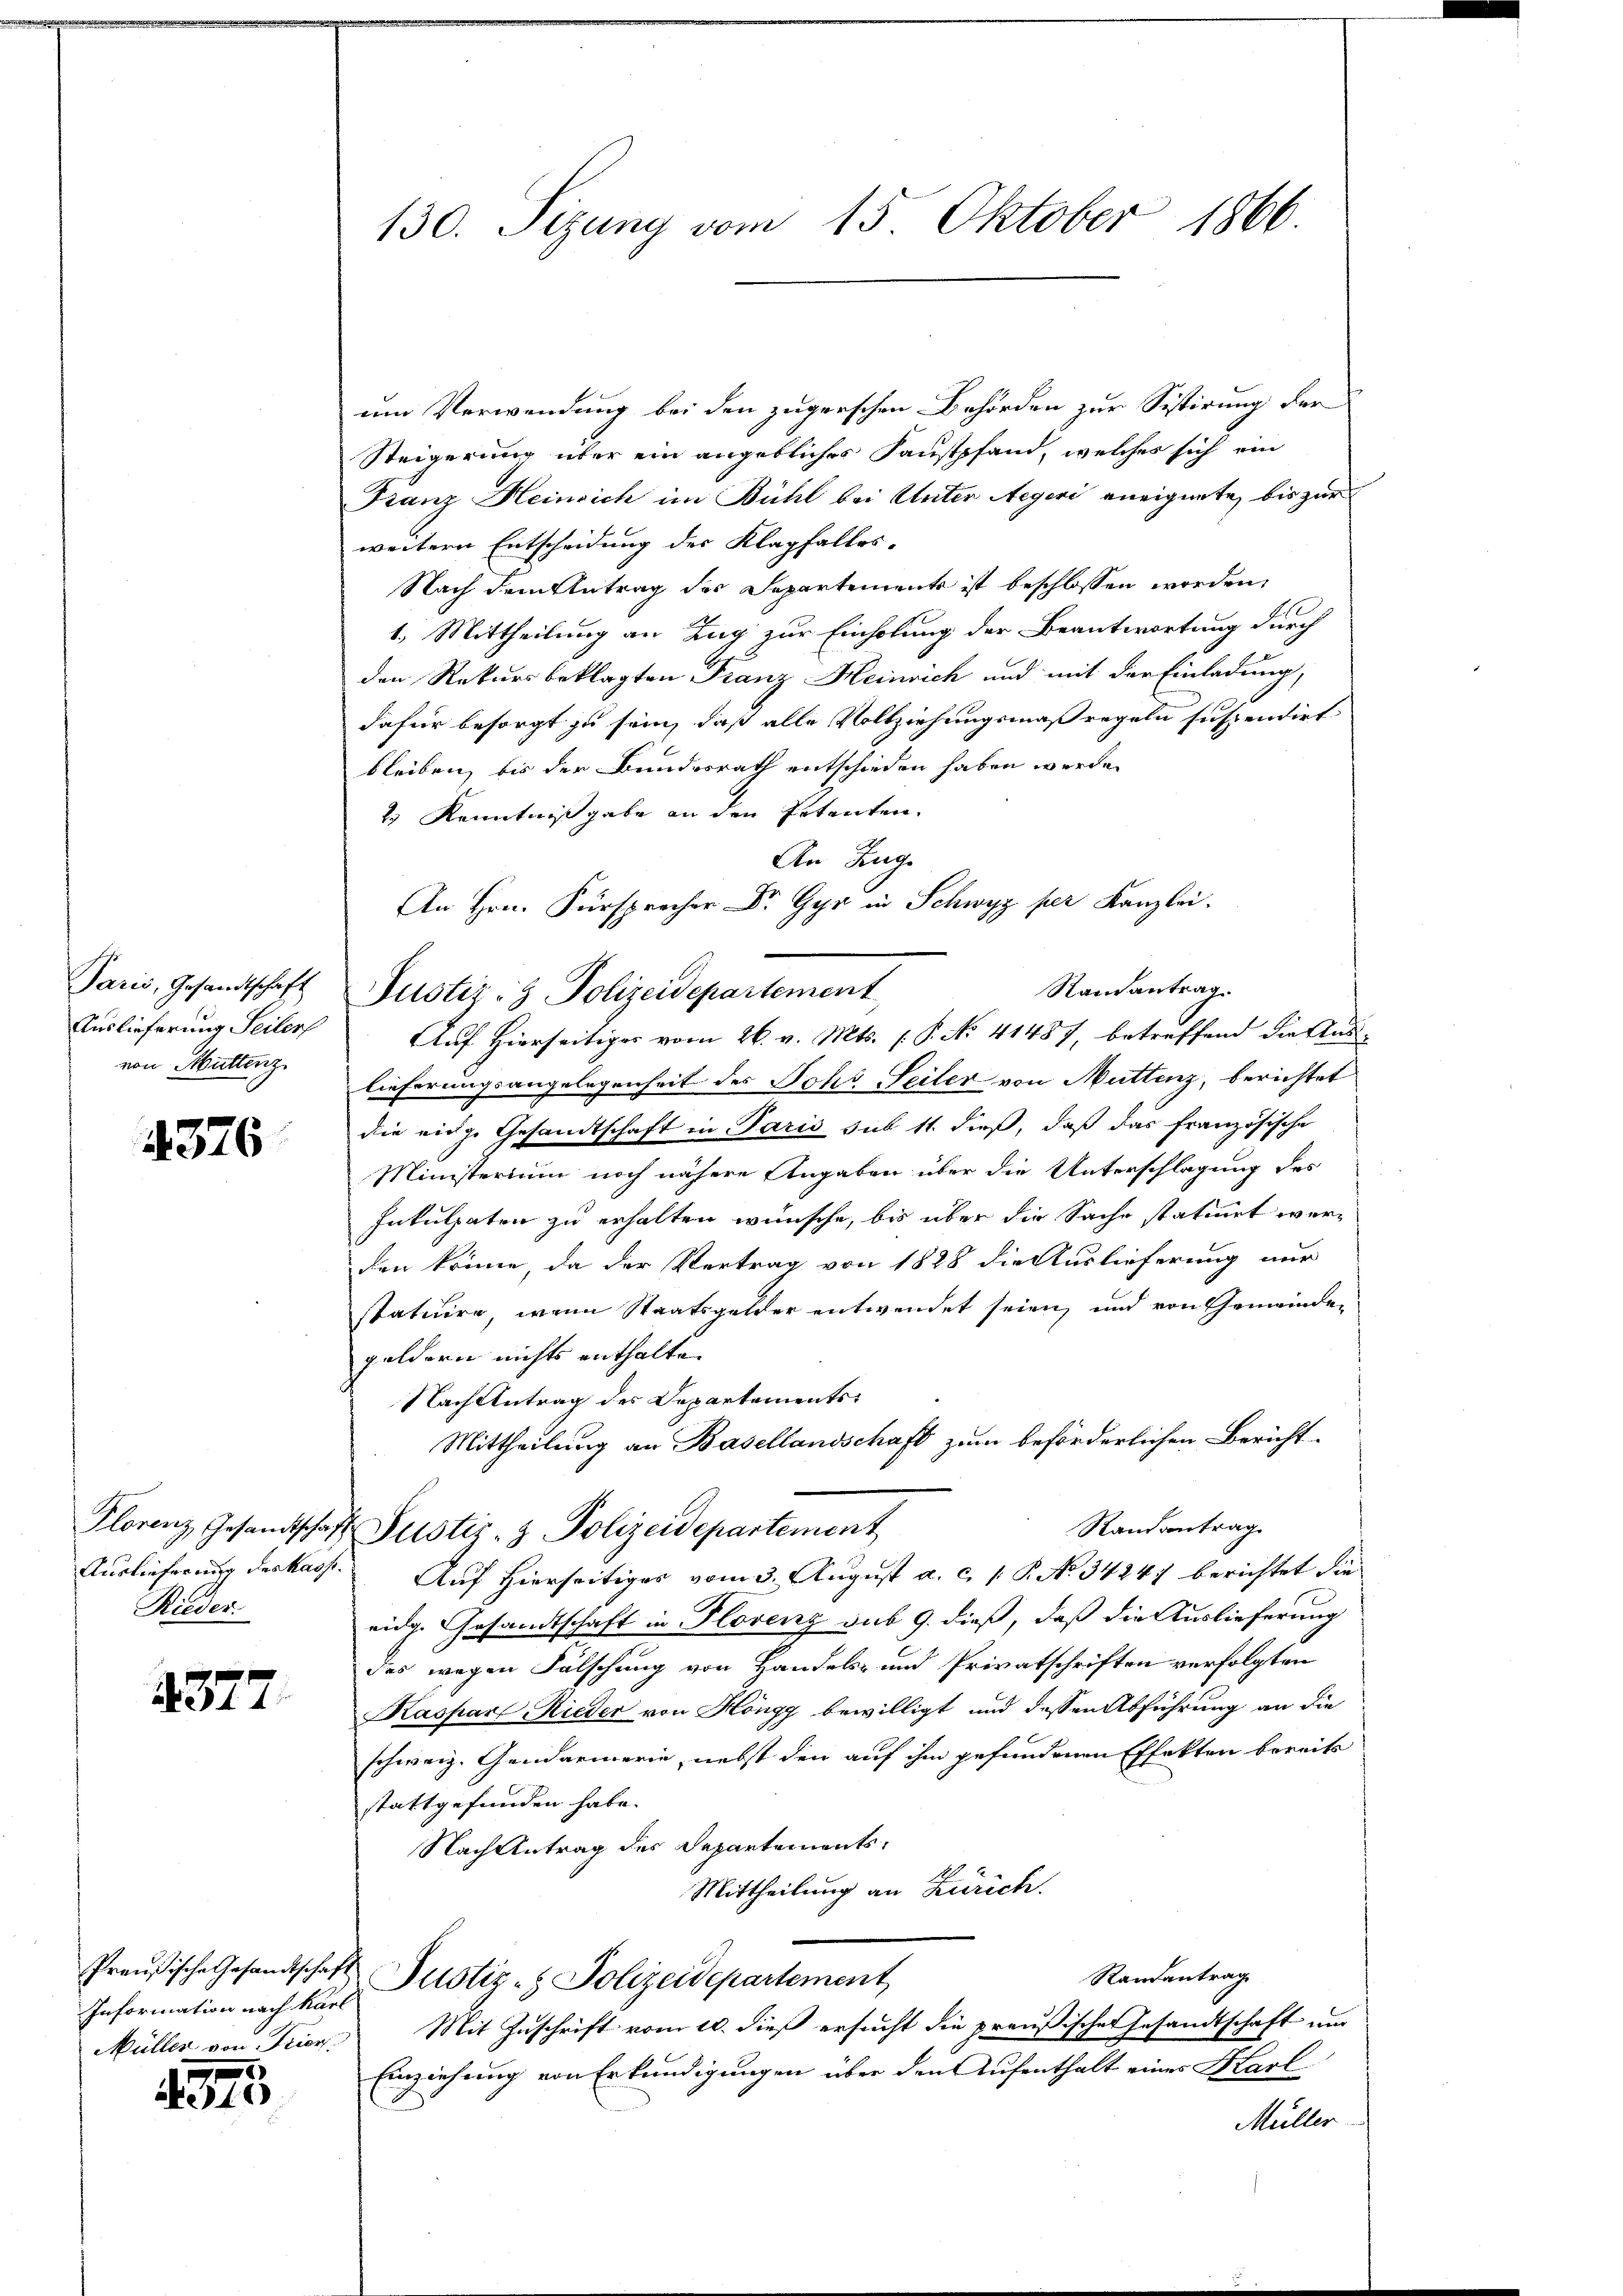
Paris, Gesandtschaft
Auslieferung Seilerf
von Muttenz

4376

Rieder.

377.

Information nach Karl
Müller von Trier.

433

130. Sizung vom 15. Oktober 1866.

um Verwendung bei den zugerschen Behörden zur Sistirung der
Steigerung über ein angebliches Faustpfand, welches sich ein
Franz Heinrich im Bühl bei Unter Aegeri aneignete, bis zur
weitern Entscheidung der Klagfalles.
Nach dem Antrag des Departements ist beschlossen worden,
1.) Mittheilung an Zug zur Einholung der Beantwortung durch
den Rekursbeklagten Franz Heinrich und mit der Einladung,
dafür besorgt zu sein, daß alle Vollziehungsmaßregeln suspendirt
bleiben, bis der Bundesrath entschieden haben werde.
2) Kenntniß gabe an den Petenten.
An Zug
Auf Hierseitiger vom 26. v. Mts. 1. P. No. 41487, betreffend die Aus-
lieferungsangelegenheit des Johr Seiter von Muttenz, berichtet
die einge Gesandtschaft in Paris sub 11 dieß, daß das französische
Ministerium noch nähere Angaben über die Unterschlagung des
Inkulpaten zu erhalten wünsche, bis über die Sache statuiert werden könne, da der Vertrag von 1828 die Auslieferung nur
statuire, wenn Staatsgelder entwendet seien, und von Gemeinde-
geldern nichts enthalten
Nach Antrag des Departements¬
Mittheilung an Basellandschaft zum beförderlichen Bericht-
Randantrag
Plorenz Gesandtschaft Justiz- & Polizeidepartement
Auslieferung des kass. Auf Hierseitiges vom 3. August a. c. 1 P. No 34247 berichtet die
eidge Gesandtschaft in Florenz sub 9. dieß, daß die Auslieferung
des wegen Fälschung von Handels- und Privatschriften verfolgten
Kaspar Rieder von Höngg bewilligt und dessen Abführung an die
schweiz. Gendarmerie, nebst den auf ihm gefundenen Effekten bereits
stattgefunden habe. |
Nach Antrag des Departements¬
Mittheilung an Zürich.
Randantrag
Preußische Gesandtschaft Justiz- & Polizeidepartement,
Mit Zuschrift vom 10. dieß ersucht die preußischer Gesandtschaft und
Einziehung von Erkundigungen über den Aufenthalt eines Karl
Müller

An Hrn. Fürsprecher Dr. Gyr in Schwyz per Kanzlei.
Justiz- & Polizeidepartement

Raisantrag.